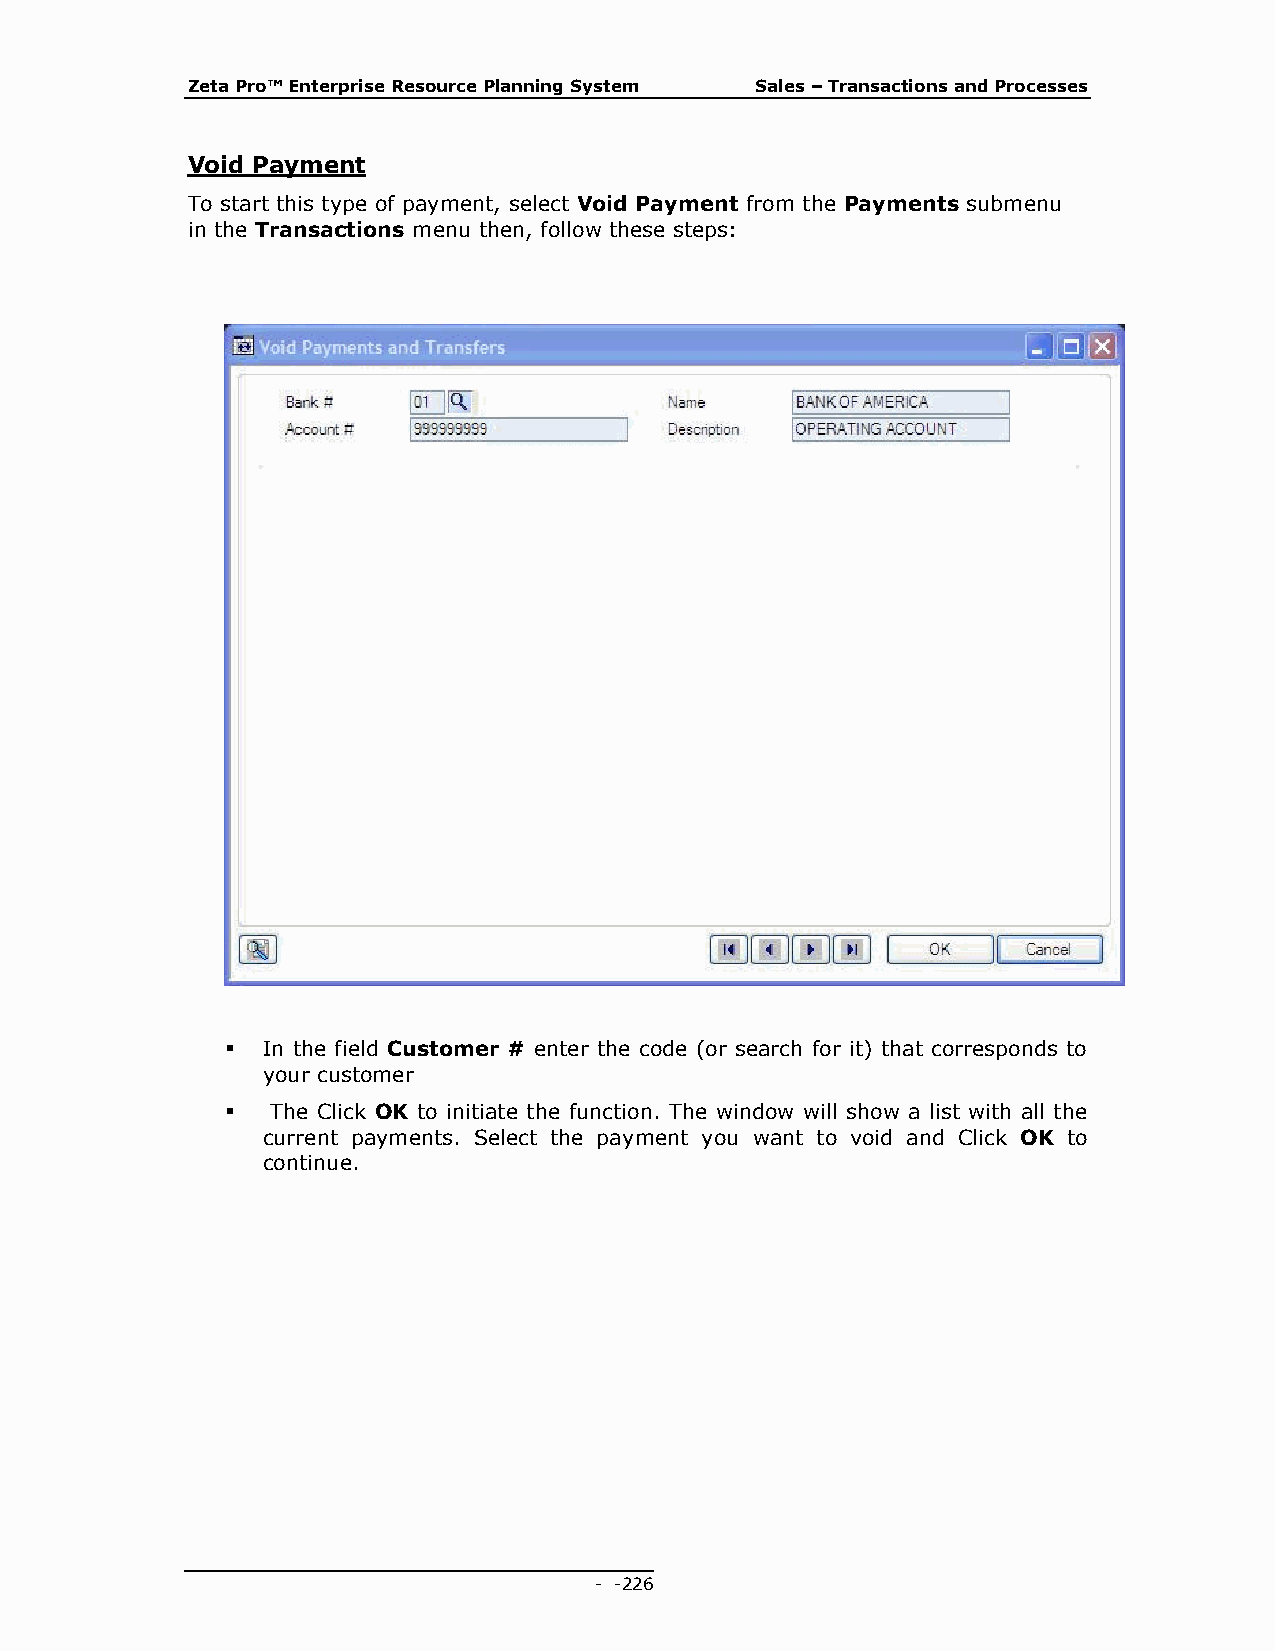
Zeta Pro™ Enterprise Resource Planning System Sales – Transactions and Processes
 Void Payment
 To start this type of payment, select Void Payment from the Payments submenu
 in the Transactions menu then, follow these steps:
  In the field Customer # enter the code (or search for it) that corresponds to
 your customer
   The Click OK to initiate the function. The window will show a list with all the
 current payments. Select the payment you want to void and Click OK to
 continue.
 - - 226